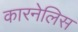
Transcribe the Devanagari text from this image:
कारनेलिस